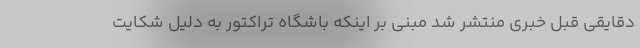
دقایقی قبل خبری منتشر شد مبنی بر اینکه باشگاه تراکتور به دلیل شکایت